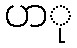
ပာု